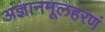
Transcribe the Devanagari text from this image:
अज्ञानमूलहरणं